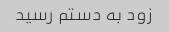
زود به دستم رسید